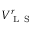
V _ { \mathrm { ~ L ~ S ~ } } ^ { r }